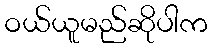
ဝယ်ယူမည်ဆိုပါက